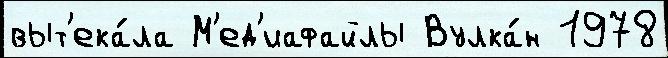
выт'ека́ла М'ед'иафайлы Вулка́н 1978